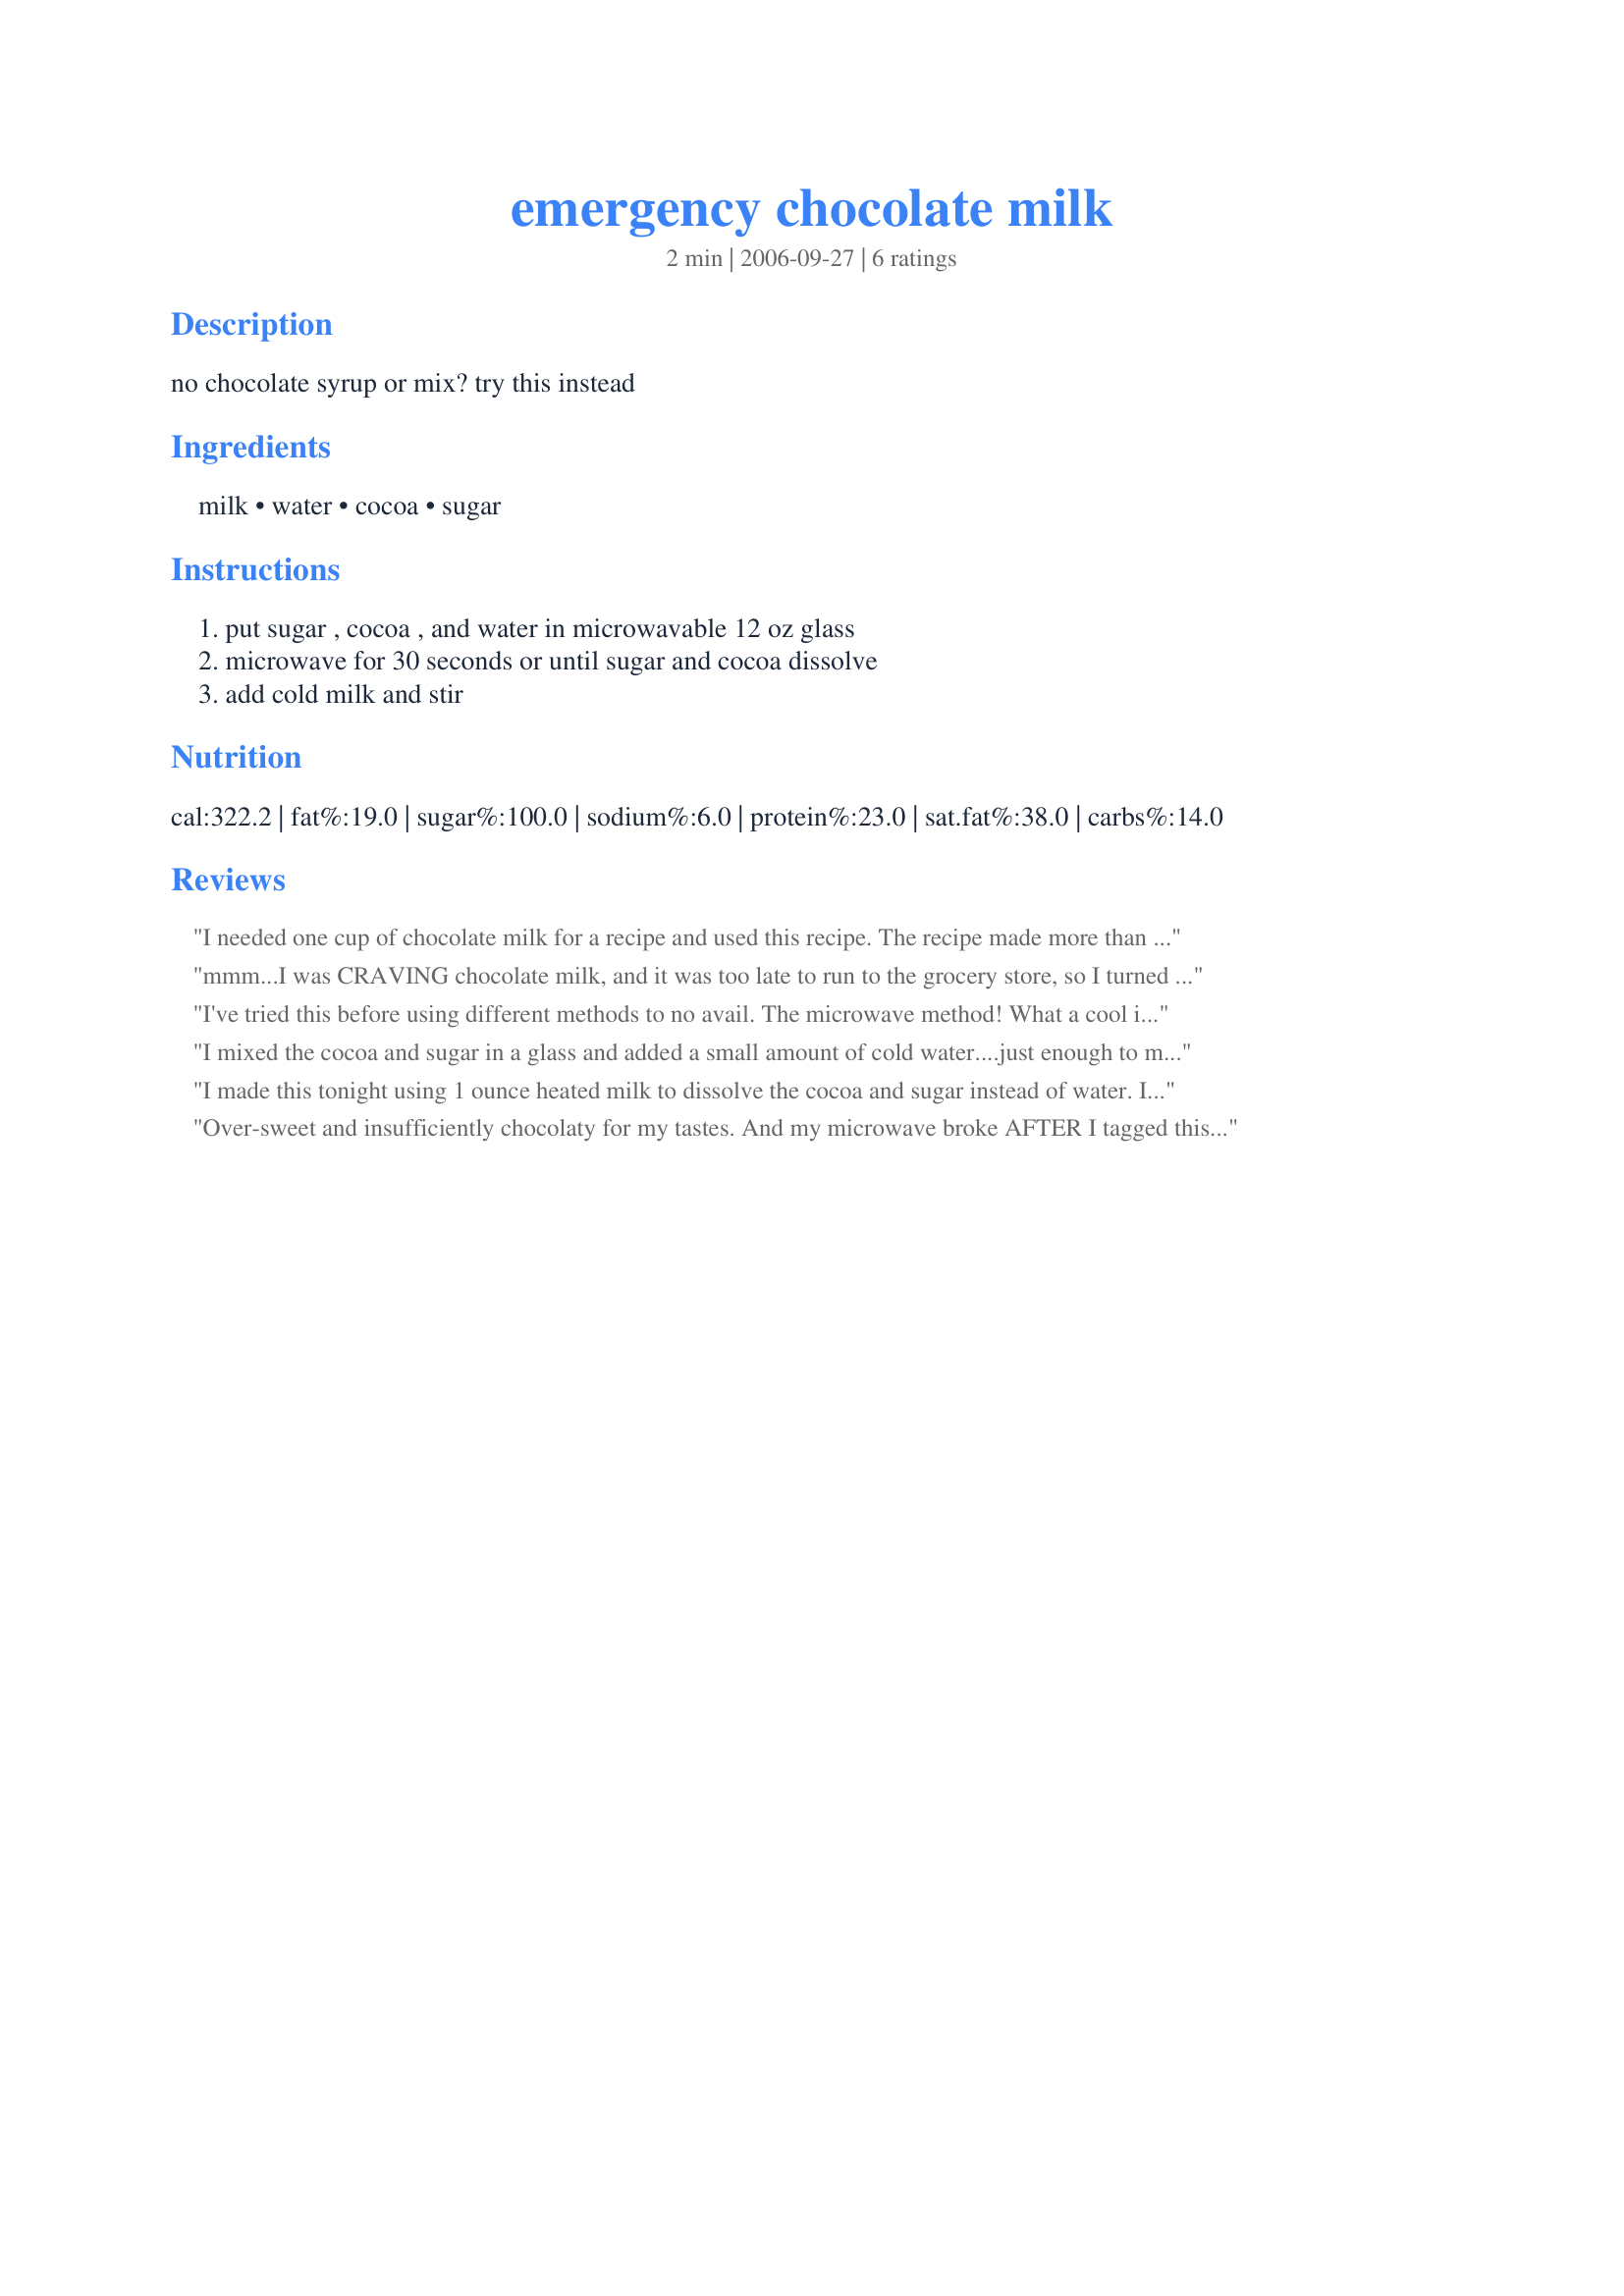
emergency chocolate milk
Preparation time: 2 minutes

no chocolate syrup or mix? try this instead

Ingredients:
milk, water, cocoa, sugar

Steps:
put sugar , cocoa , and water in microwavable 12 oz glass, microwave for 30 seconds or until sugar and cocoa dissolve, add cold milk and stir

Reviews:
I needed one cup of chocolate milk for a recipe and used this recipe. The recipe made more than I needed so I had to drink the rest. lol Thank you for posting this recipe!
mmm...I was CRAVING chocolate milk, and it was too late to run to the grocery store, so I turned to recipezaar! This was delicious and exactly what I wanted! Thanks so much :)
I've tried this before using different methods to no avail. The microwave method! What a cool idea! Very chocolatey - just make sure to stir it well!
I mixed the cocoa and sugar in a glass and added a small amount of cold water....just enough to make a paste. Then added a little of the milk and stirred until blended. Then added the rest of the milk. No need to microwave. Tasted good....not quite like commercial chocolate milk, or the kind made with purchased chocolate syrup, but still good.
I made this tonight using 1 ounce heated milk to dissolve the cocoa and sugar instead of water. It was pretty good and pretty close to "the real thing", but it seemed to be missing something. I think there may need just a little more cocoa. But it definitely is worth keeping around and tweaking. Thanks!
Over-sweet and insufficiently chocolaty for my tastes. And my microwave broke AFTER I tagged this recipe for PAC. But substituting boiling water instead of microwaving 30 seconds worked just fine to dissolve everything.
